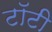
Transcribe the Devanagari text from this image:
टॉटी